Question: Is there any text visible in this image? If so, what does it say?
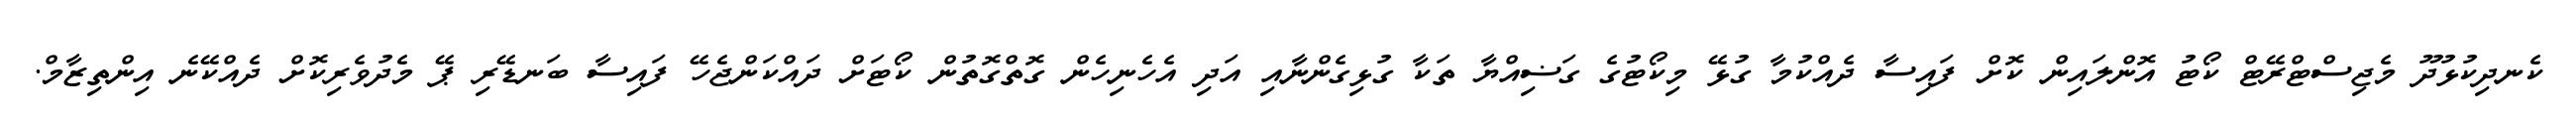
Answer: ކެނދިކުޅުދޫ މެޖިސްޓްރޭޓް ކޯޓު އޮންލައިން ކޮށް ފައިސާ ދެއްކުމާ ގުޅޭ މިކޯޓުގެ ގަޟިއްޔާ ތަކާ ގުޅިގެންނާއި އަދި އެހެނިހެން ގޮތްގޮތުން ކޯޓަށް ދައްކަންޖެހޭ ފައިސާ ބަނޑޭރި ޕޭ މެދުވެރިކޮށް ދެއްކޭނެ އިންތިޒާމް.